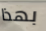
بهذا